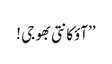
’’آؤکانتی بھوجی !